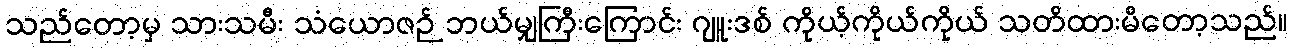
သည်တော့မှ သားသမီး သံယောဇဉ် ဘယ်မျှကြီးကြောင်း ဂျူးဒစ် ကိုယ့်ကိုယ်ကိုယ် သတိထားမိတော့သည်။